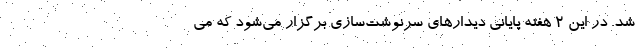
شد. در این ۲ هفته پایانی دیدارهای سرنوشت‌سازی برگزار می‌شود که می